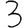
Digit: 3